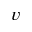
{ v }